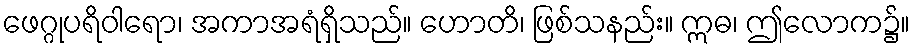
ဖေဂ္ဂုပရိဝါရော၊ အကာအရံရှိသည်။ ဟောတိ၊ ဖြစ်သနည်း။ ဣဓ၊ ဤလောက၌။